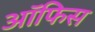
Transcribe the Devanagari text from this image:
अॉफिस